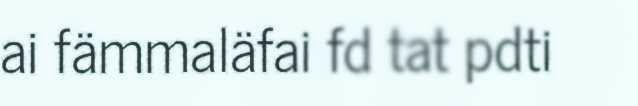
ai fämmaläfai fd tat pdti